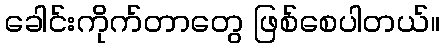
ခေါင်းကိုက်တာတွေ ဖြစ်စေပါတယ်။